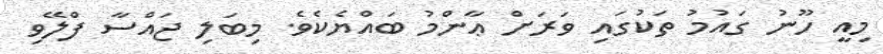
މިއީ ހޫނު ގައުމު ތަކުގައި ވަރަށް ޢާންމު ބައްޔެކެވެ. މިބަލި ޖައްސާ ފްލޭވި